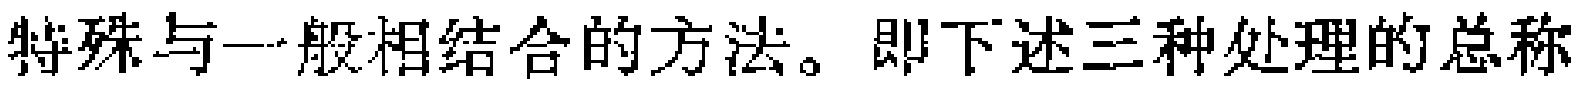
特殊与一般相结合的方法。即下述三种处理的总称